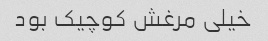
خیلی مرغش کوچیک بود